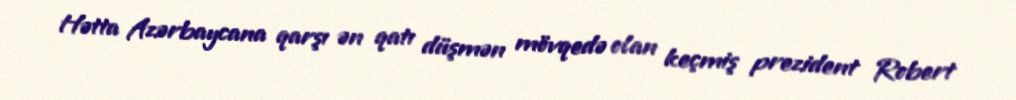
Hətta Azərbaycana qarşı ən qatı düşmən mövqedə olan keçmiş prezident Robert